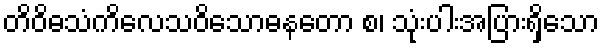
တိဝိဓသံကိလေသဝိသောဓနတော စ၊ သုံးပါးအပြားရှိသော